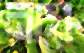
নয়ে